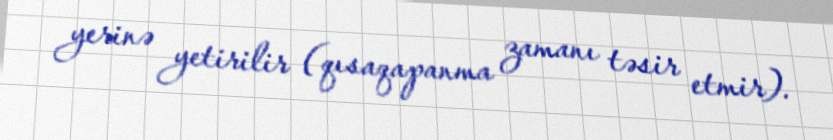
yerinə yetirilir (qısaqapanma zamanı təsir etmir).